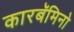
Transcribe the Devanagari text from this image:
कारबॅमिनो